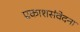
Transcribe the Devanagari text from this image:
प्रकाशसंवेदना